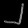
Digit: ၂